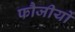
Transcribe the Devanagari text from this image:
फौजीयों